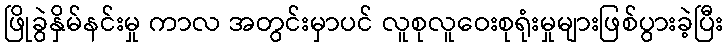
ဖြိုခွဲနှိမ်နင်းမှု ကာလ အတွင်းမှာပင် လူစုလူဝေးစုရုံးမှုများဖြစ်ပွားခဲ့ပြီး